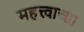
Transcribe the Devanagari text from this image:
महत्त्वाच्य़ा